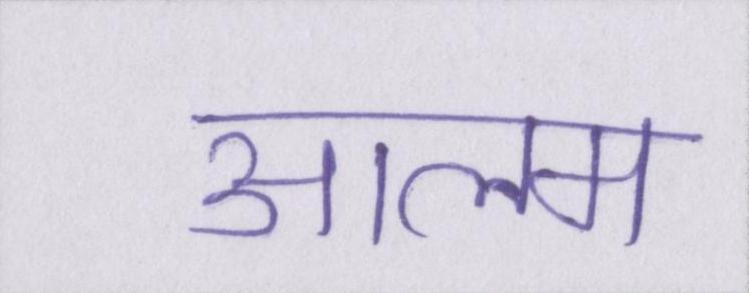
आलम